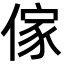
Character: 傢